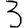
Digit: 3